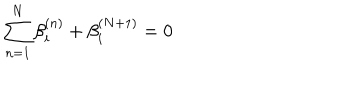
\sum _ { n = 1 } ^ { N } \beta _ { i } ^ { ( n ) } + \beta _ { i } ^ { ( N + 1 ) } = 0